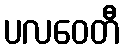
ပလဝေတီ